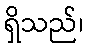
ရှိသည်၊